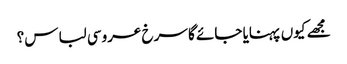
مجھے کیوں پہنایا جائے گا سرخ عروسی لباس؟